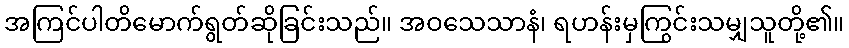
အကြင်ပါတိမောက်ရွတ်ဆိုခြင်းသည်။ အဝသေသာနံ၊ ရဟန်းမှကြွင်းသမျှသူတို့၏။